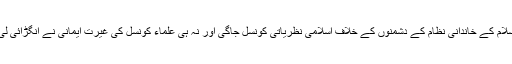
اسلام کے خاندانی نظام کے دشمنوں کے خلاف اسلامی نظریاتی کونسل جاگی اور نہ ہی علماء کونسل کی غیرت ایمانی نے انگڑائی لی۔